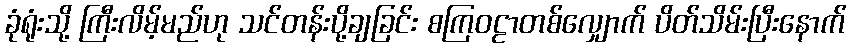
ခုံရုံးသို့ ကြီးလိမ့်မည်ဟု သင်တန်းပို့ချခြင်း စကြဝဠာတစ်လျှောက် ပိတ်သိမ်းပြီးနောက်